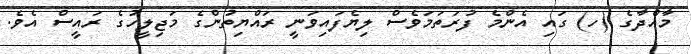
މާއްދާގެ (ހ) ގައި އެންމެ ފުރަތަމަވެސް ލިޔެފައިވަނީ ރައްޔިތުންގެ މަޖިލީހުގެ ރައީސް އެވެ.